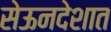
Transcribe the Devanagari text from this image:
सेऊनदेशात